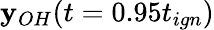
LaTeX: \mathbf{y}_{OH}(t=0.95t_{ign})